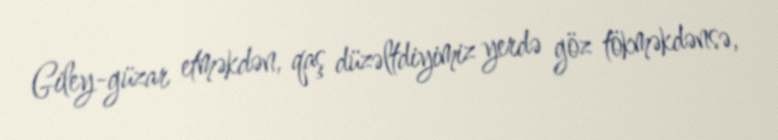
Giley-güzar etməkdən, qaş düzəltdiyimiz yerdə göz tökməkdənsə,